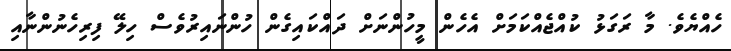
ހެއްޔެވެ. މާ ރަގަޅު ކުއްޖެއްކަމަށް އެހެން މީހުންނަށް ދައްކައިގެން ހުންނައިރުވެސް ހިލޭ ފިރިހެނުންނާއި